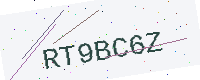
Text: RT9BC6Z